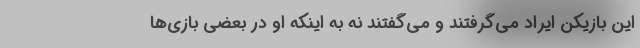
این بازیکن ایراد می‌گرفتند و می‌گفتند نه به اینکه او در بعضی بازی‌ها